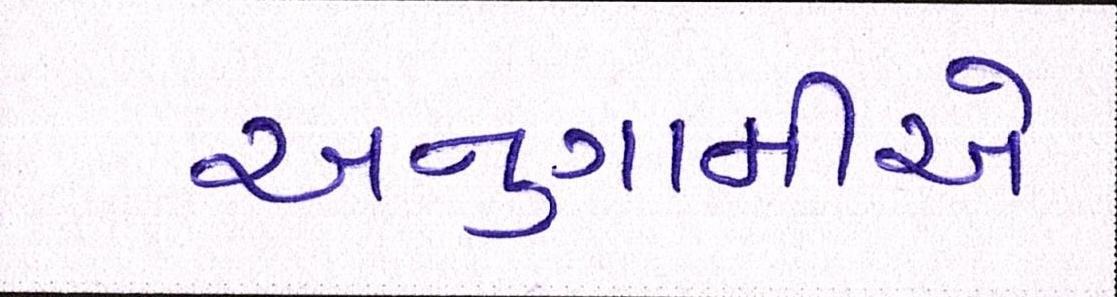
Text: અનુગામીએ